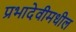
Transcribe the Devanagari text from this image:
प्रभादेवीमधील